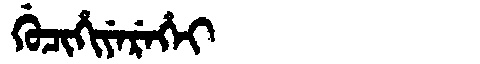
Manchu: ᡤᡠᠴᡳᡥᡳᠶᡝᡵᡝᡥᡝᡳ
Romanization: GUCIHIYEREHEI